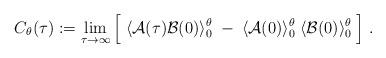
LaTeX: \begin{align*}C_\theta(\tau) := \lim_{\tau \rightarrow \infty} \Big[ \;\langle {\cal A}(\tau) {\cal B}(0) \rangle^\theta_0 \; - \;\langle {\cal A}(0) \rangle^\theta_0 \;\langle {\cal B}(0) \rangle^\theta_0 \; \Big] \; .\end{align*}